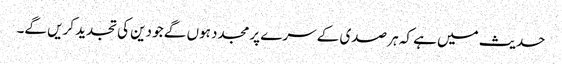
حدیث میں ہے کہ ہر صدی کے سرے پر مجدد ہوں گے جو دین کی تجدید کریں گے۔